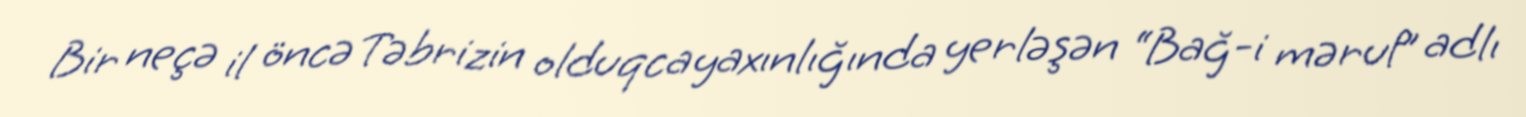
Bir neçə il öncə Təbrizin olduqca yaxınlığında yerləşən “Bağ-i məruf” adlı